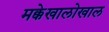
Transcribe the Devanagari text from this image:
मक्केखालोखाल